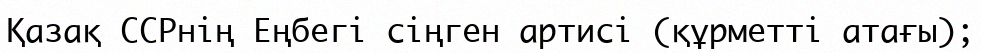
Қазақ ССРнің Еңбегі сіңген артисі (құрметті атағы);